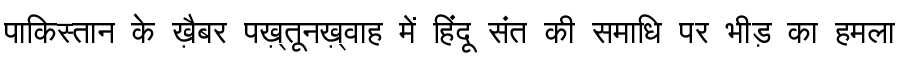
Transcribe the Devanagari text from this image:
पाकिस्तान के ख़ैबर पख़्तूनख़्वाह में हिंदू संत की समाधि पर भीड़ का हमला